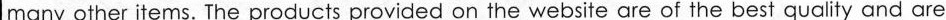
many other items. The products provided on the website are